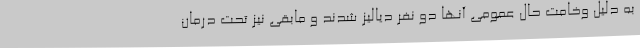
به دلیل وخامت حال عمومی آنها دو نفر دیالیز شدند و مابقی نیز تحت درمان